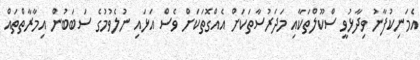
އެމަނިކުފާނު ވިދާޅުވީ ސްކޫލްތަކާއި މަދަރުސާތަކަށް އެއްގޮތަކަށް ވެސް އަޅައި ނުލެވުމުގެ ސަބަބުން އިމާރާތްތައް